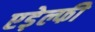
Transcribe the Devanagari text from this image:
एड़ेल्फी